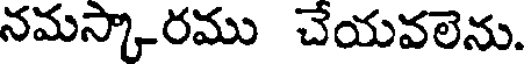
నమస్కారము చేయవలెను.